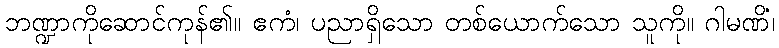
ဘဏ္ဍာကိုဆောင်ကုန်၏။ ဧကံ၊ ပညာရှိသော တစ်ယောက်သော သူကို။ ဂါမဏိံ၊